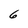
Character: 6